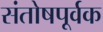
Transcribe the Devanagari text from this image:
संतोषपूर्वक